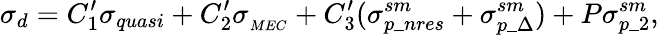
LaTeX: \sigma_{d}=C_{1}^{\prime}\sigma_{quasi}+C_{2}^{\prime}\sigma_{_{MEC}}+C_{3}^{\prime}(\sigma_{p\_ nres}^{sm}+\sigma_{p\_ \Delta}^{sm})+P\sigma_{p\_ 2}^{sm},